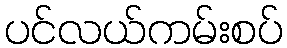
ပင်လယ်ကမ်းစပ်